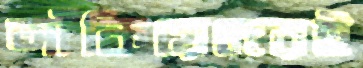
আঁকিয়েদেরই